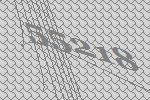
55218